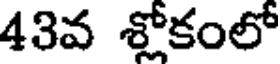
43వ శ్లోకంలో